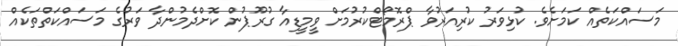
މަސައްކަތެއް ކަމަށެވެ. ކުޅިވަރު ކުރިއަރުވާ ޕްރޮމޯޓްކުރުމަށް ވީމީޑިއާ ގުރޫޕުން ކޮށްދެމުންދާ ވަރުގެ މަސައްކަތްތަކެއް